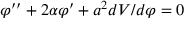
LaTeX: \varphi ^ { \prime \prime } + 2 \alpha \varphi ^ { \prime } + a ^ { 2 } d V / d \varphi = 0